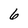
Character: 6